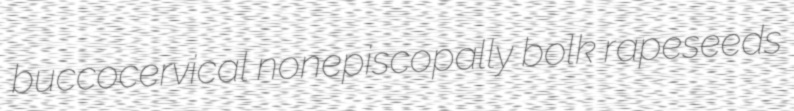
buccocervical nonepiscopally bolk rapeseeds